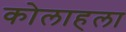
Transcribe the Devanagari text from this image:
कोलाहला